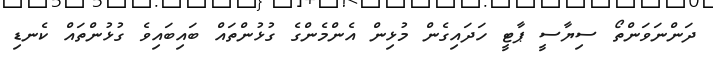
ދަންނަވަންތޯ ސިޔާސީ ޕާޓީ ހަދައިގެން މުޅިން އެންމެންގެ ގުޅުންތައް ބައިބައިވެ ގުޅުންތައް ކެނޑި